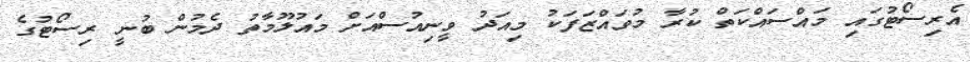
އެރިސޯޓުގައި މައްސައްކަތް ކުރާ މުވައްޒަފަކު މިއަދު ވީނިއުސްއަށް މައުލޫމާތު ދެމުން ބުނީ ރިސޯޓުގެ